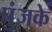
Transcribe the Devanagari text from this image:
पुंजके